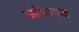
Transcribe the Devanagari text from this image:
नागित्तकृत